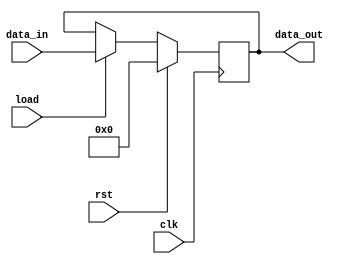
`timescale 1ns / 1ps
//////////////////////////////////////////////////////////////////////////////////

module PIPO16BITS(data_out,
                  clk,
                  data_in,
                  load,
                  rst);
parameter n=16;         // multiplicand width size  
               
output reg[n-1:0] data_out;
input[n-1:0] data_in;
input load,
      clk,
      rst;
always @(posedge clk)
 begin
  if(rst)
   data_out<=16'b0;
  else if(load)
   data_out<=data_in;
  else
   data_out<=data_out; 
 end                              
endmodule